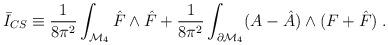
LaTeX: \begin{align*}\bar I_{CS}\equiv\frac{1}{8\pi^2}\int_{{\cal M}_4} \hat F\wedge \hat F+\frac{1}{8\pi^2} \int_{\partial {\cal M}_4} (A-\hat A)\wedge(F+\hat F)\; .\end{align*}